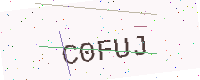
Text: C0FUJ